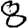
Digit: 8